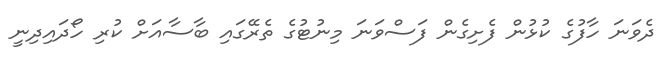
ދެވަނަ ހާފުގެ ކުޅުން ފެށިގެން ފަސްވަނަ މިނުޓުގެ ތެރޭގައި ބާސާއަށް ކުރި ހޯދައިދިނީ